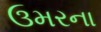
ઉમરના